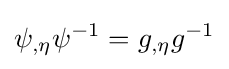
\psi _{,\eta }\psi ^{-1}=g_{,\eta }g^{-1}